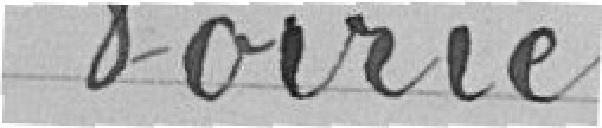
Voirie